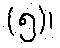
(၅)၊